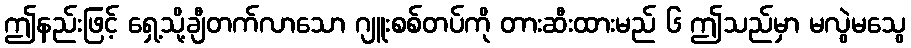
ဤနည်းဖြင့် ရှေ့သို့ချီတက်လာသော ဂျူးစစ်တပ်ကို တားဆီးထားမည် ၆ ဤသည်မှာ မလွဲမသွေ